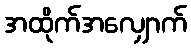
အထိုက်အလျှောက်